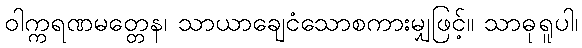
ဝါက္ကရဏမတ္တေန၊ သာယာချေငံသောစကားမျှဖြင့်။ သာဓုရူပါ၊